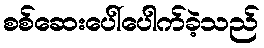
စစ်ဆေးပေါ်ပေါက်ခဲ့သည်